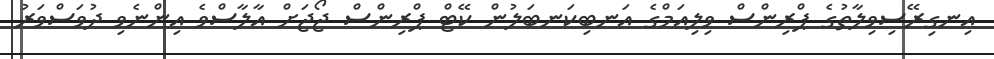
އިނގިރޭސިވިލާތުގެ ޕްރިންސް ވިލިއަމްގެ އަނބިކަނބަލުން ކޭޓް ޕްރިންސް ޖޯޖަށް އާލާސްވެ އިންނެވި ދުވަސްވަރު